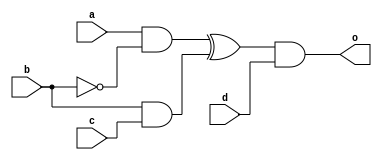
module top (a,b,c,d,o);
input a,b,c,d;
output o;
wire e,f,g,h;
not  (e,b);
and  (f,a,e);
and  (g,b,c);
xor  (h,f,g);
and  (o,h,d);
endmodule